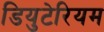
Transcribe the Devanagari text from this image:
डियुटेरियम